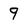
Character: 9